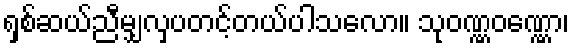
ရှစ်ဆယ်ညီမျှလှပတင့်တယ်ပါသလော။ သုဝဏ္ဏဝဏ္ဏော၊